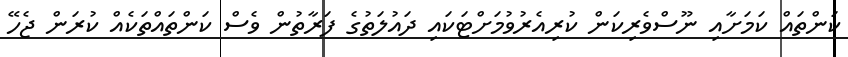
ކަންތައް ކަމަށާއި ނޫސްވެރިކަން ކުރިއެރުވުމަށްޓަކައި ދައުލަތުގެ ފަރާތުން ވެސް ކަންތައްތަކެއް ކުރަން ޖެހޭ